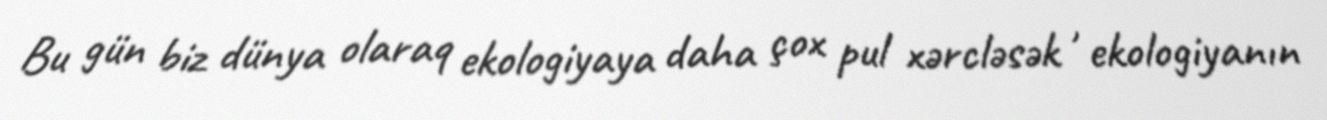
Bu gün biz dünya olaraq ekologiyaya daha çox pul xərcləsək , ekologiyanın